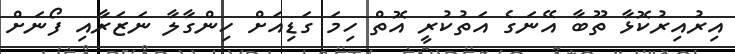
އިރުއިރުކޮޅާ ތޫބާ އޭނަގެ އަތުކުރީ އޮތް ހިމަ ގަޑިއަށް ހިންގާލާ ނަޒަރާއި ފޯނަށް